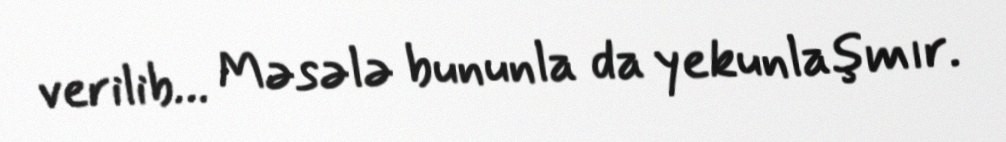
verilib… Məsələ bununla da yekunlaşmır.